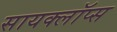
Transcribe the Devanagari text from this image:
सायक्लॉप्स